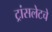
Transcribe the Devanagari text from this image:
ट्रांसलेटचे